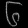
Digit: ၆